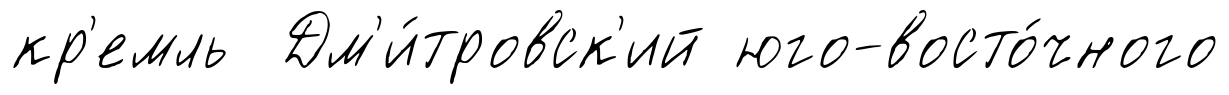
кр'емль Дм'и́тровск'ий юго-восто́чного